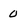
Character: 0